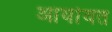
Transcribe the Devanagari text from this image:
आर्यावत